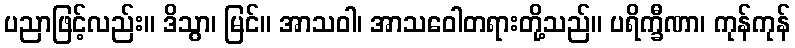
ပညာဖြင့်လည်း။ ဒိသွာ၊ မြင်။ အာသဝါ၊ အာသဝေါတရားတို့သည်။ ပရိက္ခီဏာ၊ ကုန်ကုန်